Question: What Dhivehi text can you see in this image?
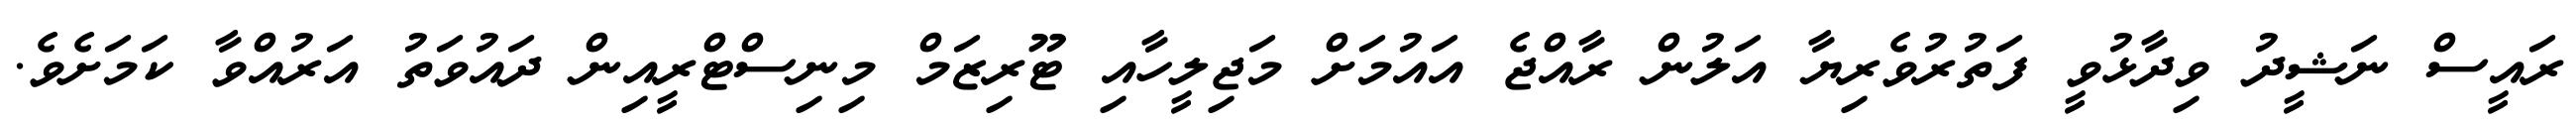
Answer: ރައީސް ނަޝީދު ވިދާޅުވީ ފަތުރުވެރިޔާ އަލުން ރާއްޖެ އައުމަށް މަޖިލީހާއި ޓޫރިޒަމް މިނިސްޓްރީއިން ދައުވަތު އަރުއްވާ ކަމަށެވެ.